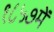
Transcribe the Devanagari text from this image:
१८५७में